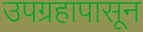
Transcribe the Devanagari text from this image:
उपग्रहापासून